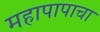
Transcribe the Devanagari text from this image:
महापापाचा